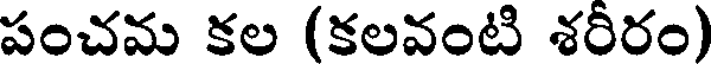
పంచమ కల (కలవంటి శరీరం)